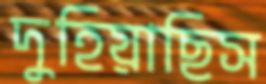
দুহিয়াছিস